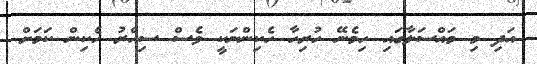
އަދި މި މައްސަލާގައި ހިމެނޭ ހުރިހާ ހެކިންނަކީ ވެސް ސިއްރު ހެކިން ކަމަށް